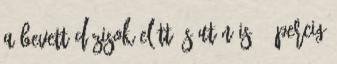
a bevett dózisok előtt és után is 20 percig